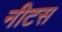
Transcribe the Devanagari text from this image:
नीटस